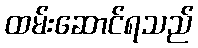
ထမ်းဆောင်ရသည်